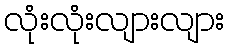
လုံးလုံးလျားလျား